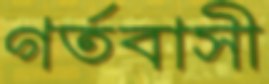
গর্তবাসী